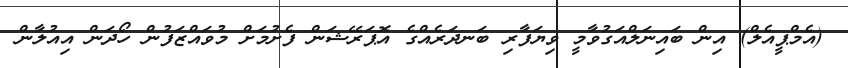
(އެމްޕީއެލް) އިން ބައިނަލްއަގުވާމީ ވިޔަފާރި ބަނދަރެއްގެ އޮޕަރޭޝަން ފެށުމަށް މުވައްޒަފުން ހޯދަން އިއުލާން